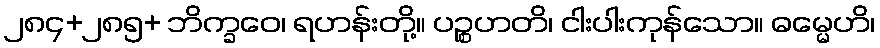
၂၈၄+၂၈၅+ ဘိက္ခဝေ၊ ရဟန်းတို့။ ပဉ္စဟတိ၊ ငါးပါးကုန်သော။ ဓမ္မေဟိ၊